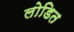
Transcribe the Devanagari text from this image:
लोडित